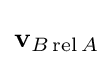
\mathbf {v} _{B\operatorname {rel} A}